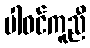
ပါဝင်ကူညီ